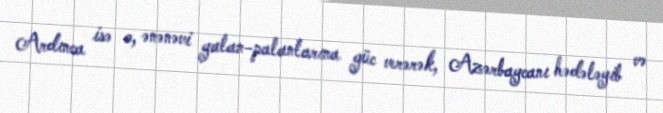
Ardınca isə o, ənənəvi yalan-palanlarına güc verərək, Azərbaycanı hədələyib və